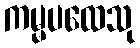
ကမ္မပထေသု